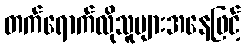
တက်ရောက်လိုသူများအနေဖြင့်